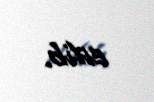
edib.